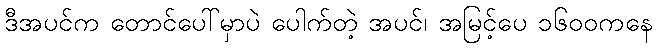
ဒီအပင်က တောင်ပေါ်မှာပဲ ပေါက်တဲ့ အပင်၊ အမြင့်ပေ ၁၆၀၀ကနေ